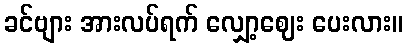
ခင်ဗျား အားလပ်ရက် လျှော့ဈေး ပေးလား။